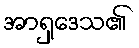
အာရှဒေသ၏